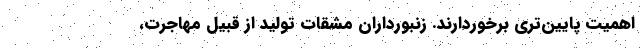
اهمیت پایین‌تری برخوردارند. زنبورداران مشقات تولید از قبیل مهاجرت،